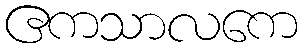
ဧကသာလကေ